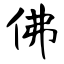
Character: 佛